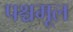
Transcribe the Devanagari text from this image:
पश्चमूल